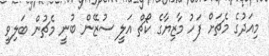
މިއަދުގެ މެޗަށް ފަހު މާޒިޔާގެ ކޯޗް އަލީ ސުޒޭން ބުނީ މެޗުން ބަލިވީ